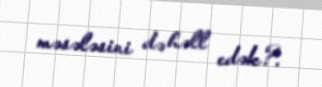
məsələsini də həll edək?.